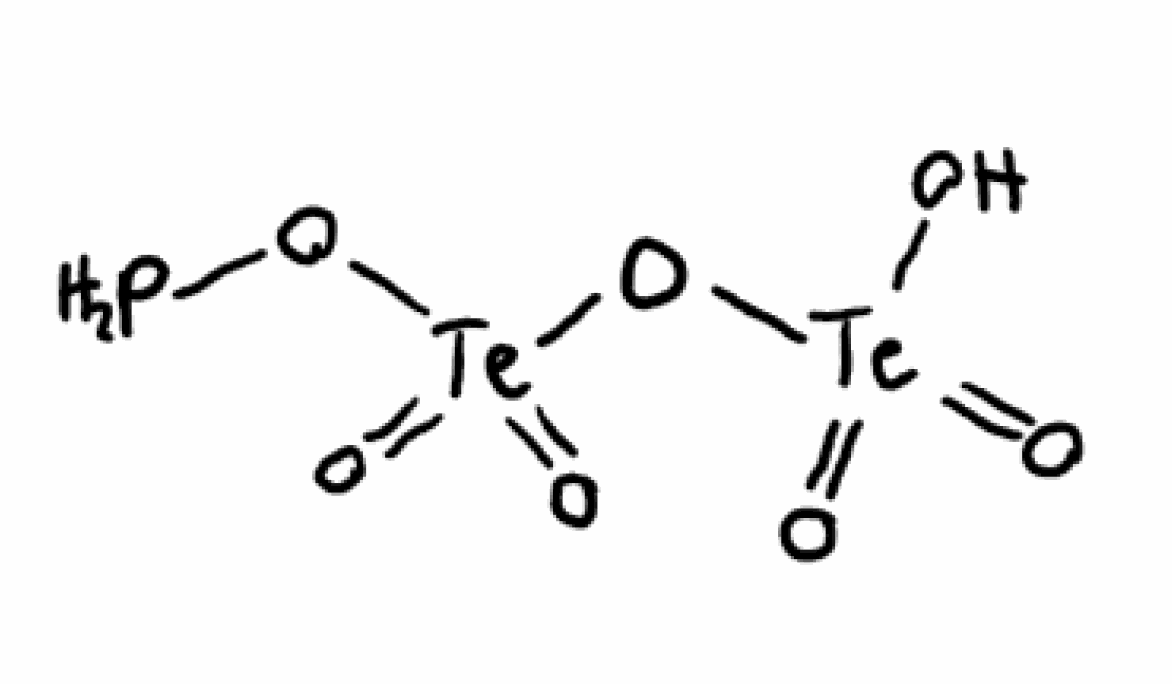
Simplified molecular-input line-entry system (SMILES) notation of the given molecule:
O[Te](=O)(=O)O[Te](=O)(=O)OP